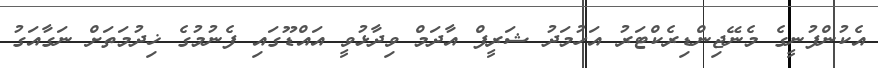
އެކުންފުނީގެ މެނޭޖިންޑިރެކްޓަރު އަހުމަދު ޝަރީފް އާދަމް ވިދާޅުވީ އައްޑޫގައި ފެނުމުގެ ޚިދުމަތަށް ނަގާއަގު